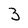
Character: 3